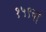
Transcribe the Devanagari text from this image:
१५९वां